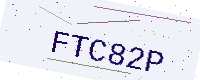
Text: FTC82P